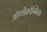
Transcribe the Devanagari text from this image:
ऑर्थोक्रोम्बिक